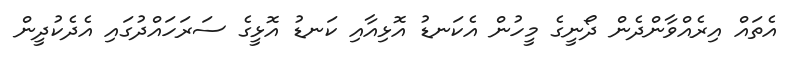
އެތައް އިރެއްވާންދެން ދޯނީގެ މީހުން އެކަނޑު އޮޅިއާއި ކަނޑު އޮޅީގެ ސަރަހައްދުގައި އެދެކުދީން